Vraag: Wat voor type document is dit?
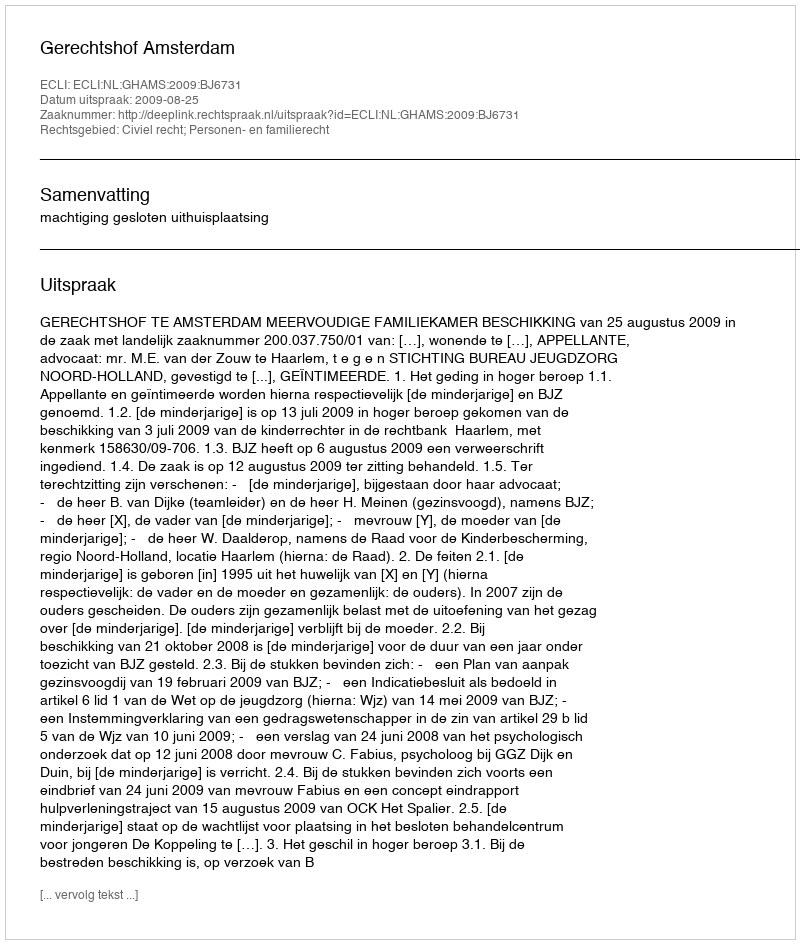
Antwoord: Uitspraak